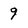
Character: 9